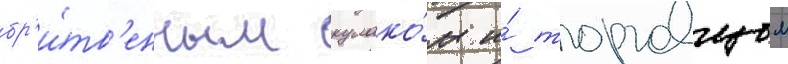
бр'и́тв'енным кулако́м и́ торговцом